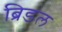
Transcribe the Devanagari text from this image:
ब्रिडल